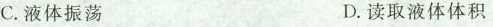
C.液体振荡 D.读取液体体积